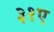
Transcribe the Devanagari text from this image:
३१ए